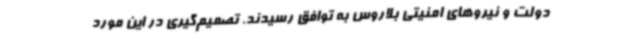
دولت و نیروهای امنیتی بلاروس به توافق رسیدند. تصمیم‌گیری در این مورد